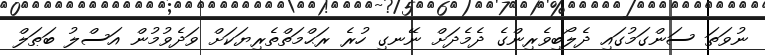
ނުވަތަ ސަންގަމުގައި ދެލޯބިވެރިންގެ ދެމެދަށް ނޭނގި ހުރެ ރަޙްމަތްތެރިޔަކަށް ވަދެވުމުން އަސްލު ބަޠަލް